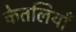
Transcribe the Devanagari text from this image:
केतलियाँ